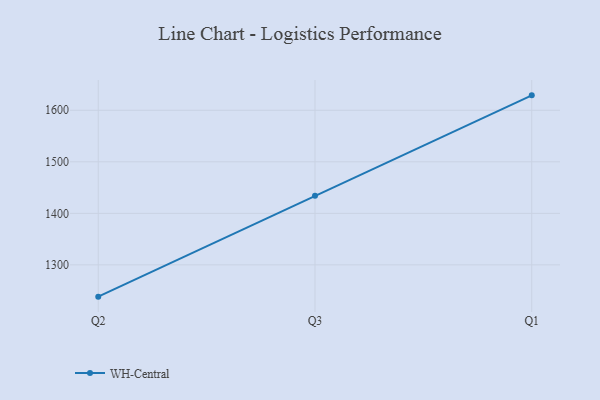
{"axis": {"x": "Quarter", "y": "LTV (USD)"}, "legend": ["WH-Central"], "data": [{"x": "Q2", "y": 1238.3, "type": "WH-Central"}, {"x": "Q3", "y": 1434.0, "type": "WH-Central"}, {"x": "Q1", "y": 1629.0, "type": "WH-Central"}]}